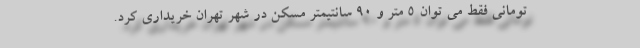
تومانی فقط می توان ۵ متر و ۹۰ سانتیمتر مسکن در شهر تهران خریداری کرد.